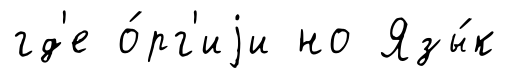
гд'е о́рг'иjи но Язы́к